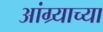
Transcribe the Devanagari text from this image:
आंग्र्याच्या